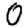
Digit: 0